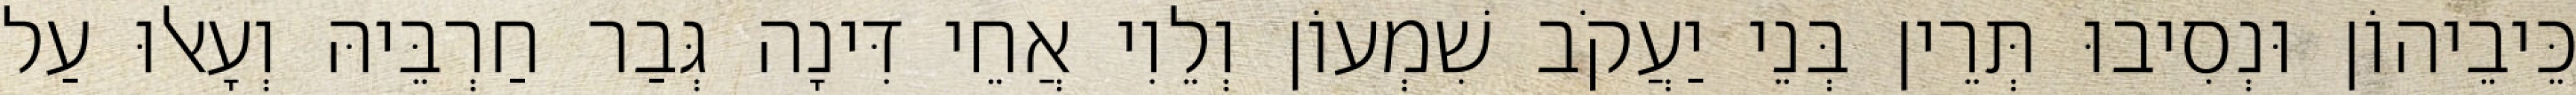
כֵּיבֵיהוֹן וּנְסִיבוּ תְּרֵין בְּנֵי יַעֲקֹב שִׁמְעוֹן וְלֵוִי אֲחֵי דִּינָה גְּבַר חַרְבֵּיהּ וְעָאלוּ עַל